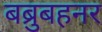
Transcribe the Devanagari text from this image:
बब्रुबहनर